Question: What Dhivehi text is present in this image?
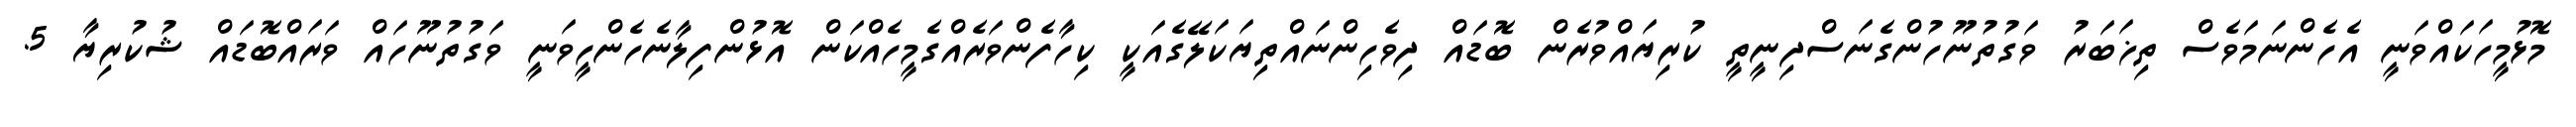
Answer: މޮޅުމީހަކައްވަނީ އެހެންނަމަވެސް ތިޚަބަރު ވަގުތުނޫހުންގެނަސްދިނީތީ ކުރިޔައްވުރެން ބޮޑައް ދިވެހިންނައްތިޔަކަލޭގެއަކީ ކިހާފެންވަރެއްގެމީހެއްކަން އޮޅުންފިލާނެހެންހީވަނީ ވަގުތުނޫހައް ވަރައްބޮޑައް ޝުކުރިޔާ 5.